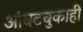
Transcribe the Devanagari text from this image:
आंबटचुकाही